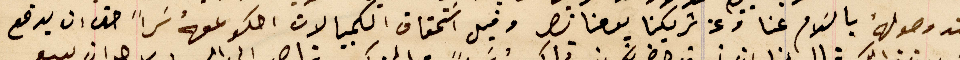
عند وصولهُ بالسَلام عنا وعن شريكنا يوحنا نصر وقيد اسَتحقاق الكمبيالات احكو معهُ سَراً حتى ان يدفع